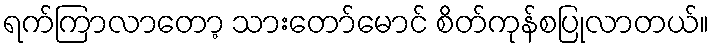
ရက်ကြာလာတော့ သားတော်မောင် စိတ်ကုန်စပြုလာတယ်။